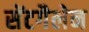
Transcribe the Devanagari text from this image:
सेंटगैलेन